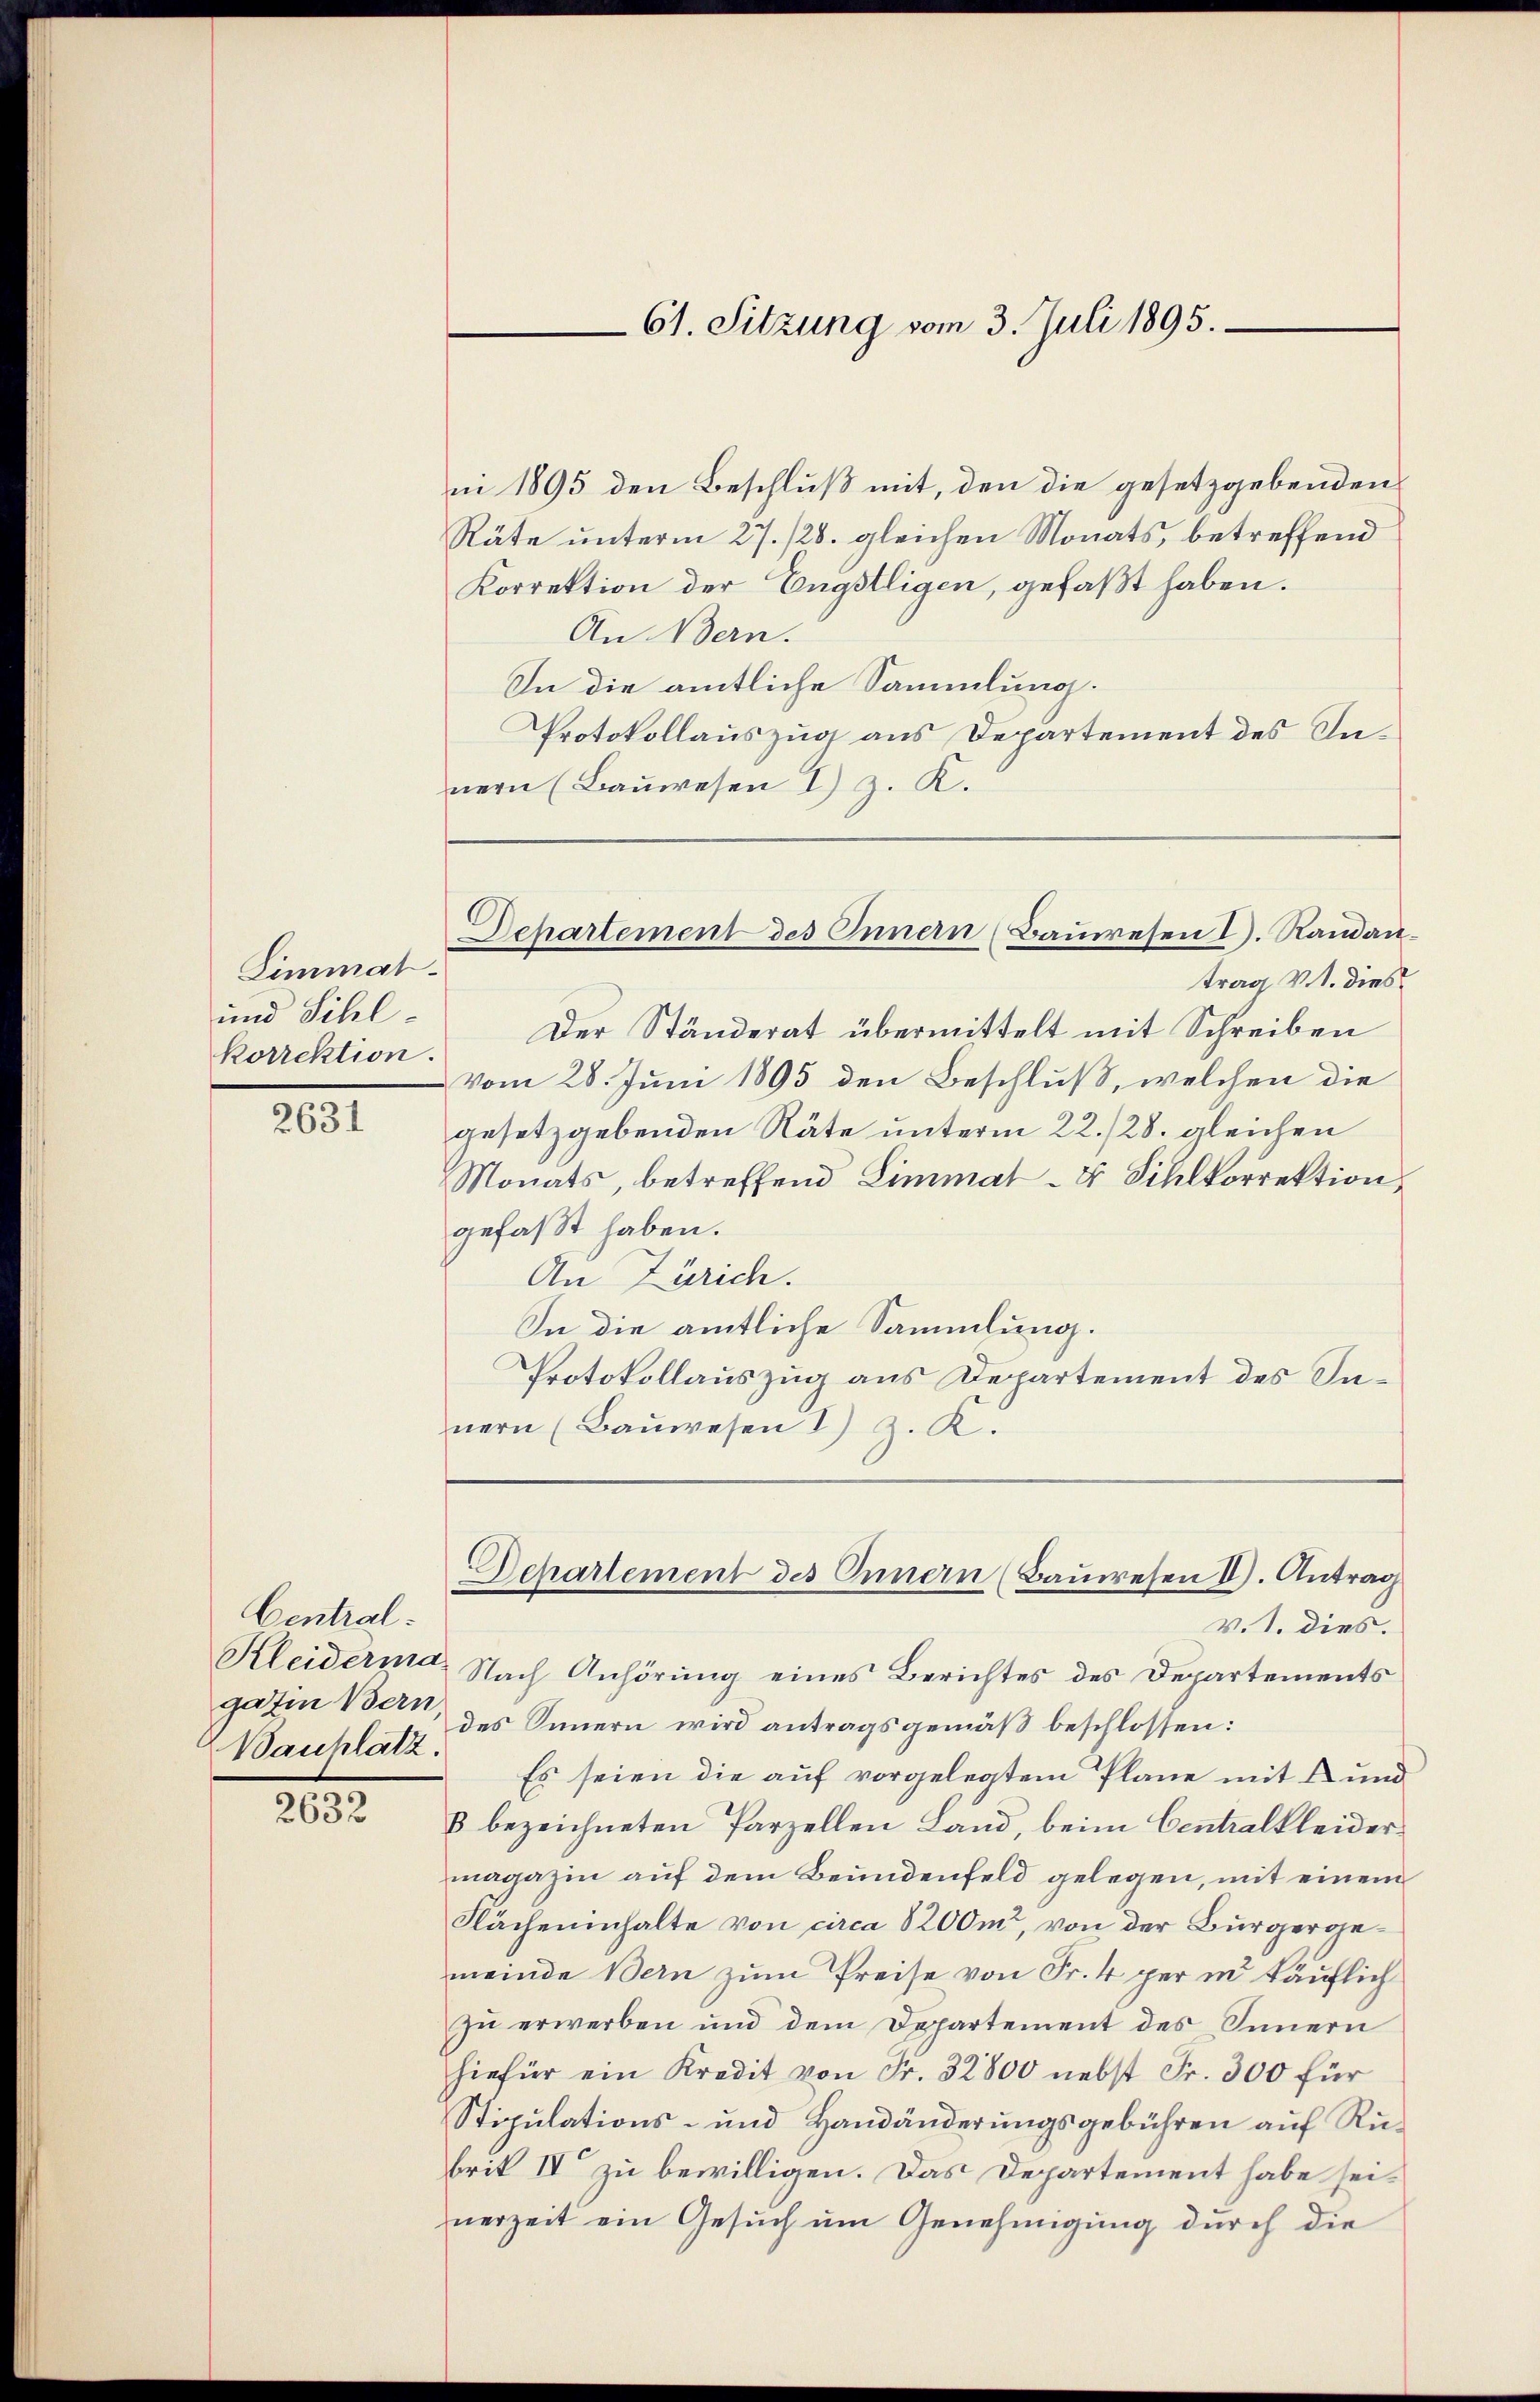
Limmat.
und Sihlkorrektion.

2631

Central.
gazin Bern,
Bauplatz.

2632

ni 1895 den Beschluß mit, den die gesetzgebenden
Räte unterm 27. /28. gleichen Monats, betreffend
Korrektion der Engstligen, gefaßt haben.
An Bern.
In die amtliche Sammlung.
Protokollauszug aus Departement des Innern (Bauwesen I) z. K.
trag v. 1. dies
Der Ständerat übermittelt mit Schreiben
vom 28. Juni 1895 den Beschluß, welchen die
gesetzgebenden Räte unterm 22./28. gleichen
Monats, betreffend Limmat- & Sihlkorrektion
gefaßt haben.
An Zürich.
In die amtliche Sammlung.
Protokollauszug aus Departement des Innern (Baŭwesen I) z. K.
Departement des Innern (Bauwesen II). Antrag
v. J. dies.
Kleiderma. Nach Anhörung eines Berichtes des Departements
des Innern wird antragsgemäß beschlossen:
Es seien die auf vorgelegtem Plane mit 4 und
B bezeichneten Parzellen Land, beim Centralkleidermagazin auf dem Beundenfeld gelegen, mit einem
Flächeninhalte von circa 8200m, von der Bürgergemeinde Bern zum Preise von Fr. 4 per in käuflich
zu erwerben und dem Departement des Innern
hiefür ein Kredit von Fr. 32800 nebst Fr. 300 für
Stipulations- und Handänderŭngsgebühren auf Rubrit IV zu bewilligen. Das Departement habe seinerzeit ein Gesuch um Genehmigung durch die

61. Sitzung vom 3. Juli 1895.

Departement des Innern (Bauwesen I. Raman¬